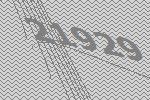
21929